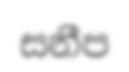
සනීප